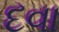
દવા